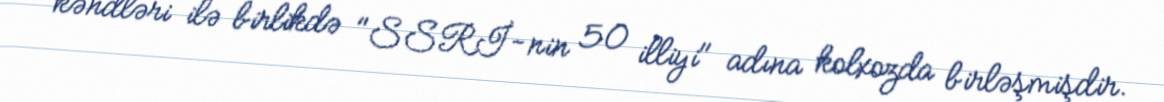
kəndləri ilə birlikdə "SSRİ-nin 50 illiyi" adına kolxozda birləşmişdir.